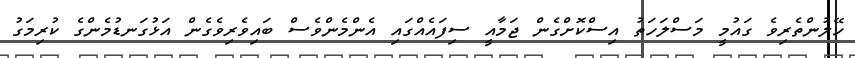
ހޭލުންތެރިވެ ގައުމީ މަސްލަހަތު އިސްކޮށްގެން ޖަމާއީ ސިފައެއްގައި އެންމެންވެސް ބައިވެރިވެގެން އަޅުގަނޑުމެންގެ ކުރިމަގު